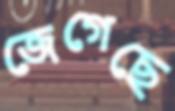
জেগেছে